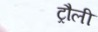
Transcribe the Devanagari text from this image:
ट्रौली